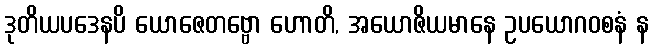
ဒုတိယပဒေနပိ ယောဇေတဗ္ဗော ဟောတိ, အယောဇိယမာနေ ဥပယောဂဝစနံ န